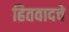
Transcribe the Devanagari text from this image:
हितवादचे